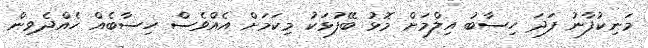
މަނިކުފާނު ފަދަ ހިސާބު އިލްމަށް މޮޅު ބޭފުޅަކު މިކަމަށް އެއްވެސް ހިސާބެއް ހެއްދެވިން